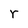
Character: r